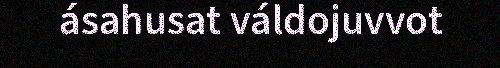
ásahusat váldojuvvot